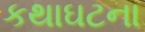
કથાઘટના